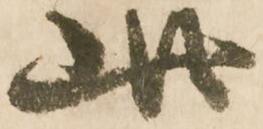
此